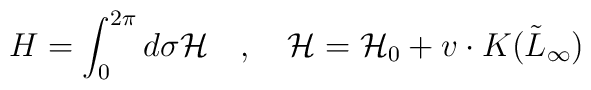
H=\int_0^{2\pi} d\sigma {\cal H}\quad, \quad{\cal H}  =  {\cal H}_0 + v \cdot K(\tilde{L}_\infty)